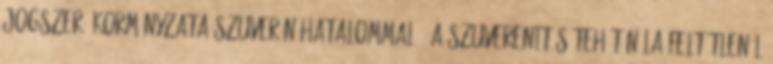
jogszerű kormányzata szuverén hatalommal”. A szuverenitás tehát nála feltétlenül